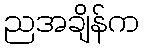
ညအချိန်က